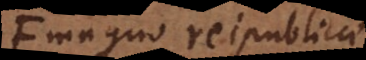
magno reipublicae